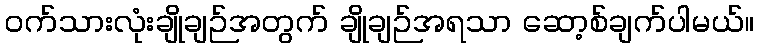
ဝက်သားလုံးချိုချဉ်အတွက် ချိုချဉ်အရသာ ဆော့စ်ချက်ပါမယ်။